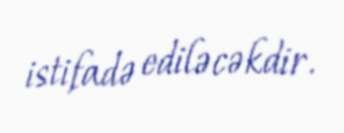
istifadə ediləcəkdir.